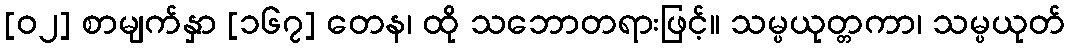
[၀၂] စာမျက်နှာ [၁၆၇] တေန၊ ထို သဘောတရားဖြင့်။ သမ္ပယုတ္တကာ၊ သမ္ပယုတ်